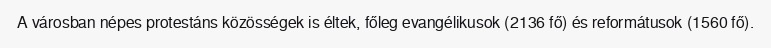
A városban népes protestáns közösségek is éltek, főleg evangélikusok (2136 fő) és reformátusok (1560 fő).